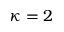
\kappa = 2